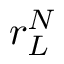
r _ { L } ^ { N }